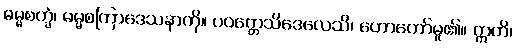
ဓမ္မစက္ခံ၊ ဓမ္မစကြာဒေသနာကို။ ပဝတ္တေသိဒေလေသိ၊ ဟောတော်မူ၏။ ဣတိ၊